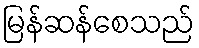
မြန်ဆန်စေသည်